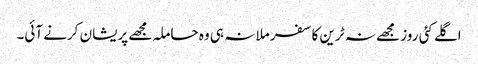
اگلے کئی روز مجھے نہ ٹرین کا سفر ملا نہ ہی وہ حاملہ مجھے پریشان کرنے آئی۔